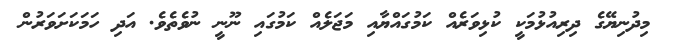
މިދުނިޔޭގެ ދިރިއުޅުމަކީ ކުޅިވަރެއް ކަމުގައްޔާއި މަޖަލެއް ކަމުގައި ނޫނީ ނުވެތެވެ. އަދި ހަމަކަށަވަރުން